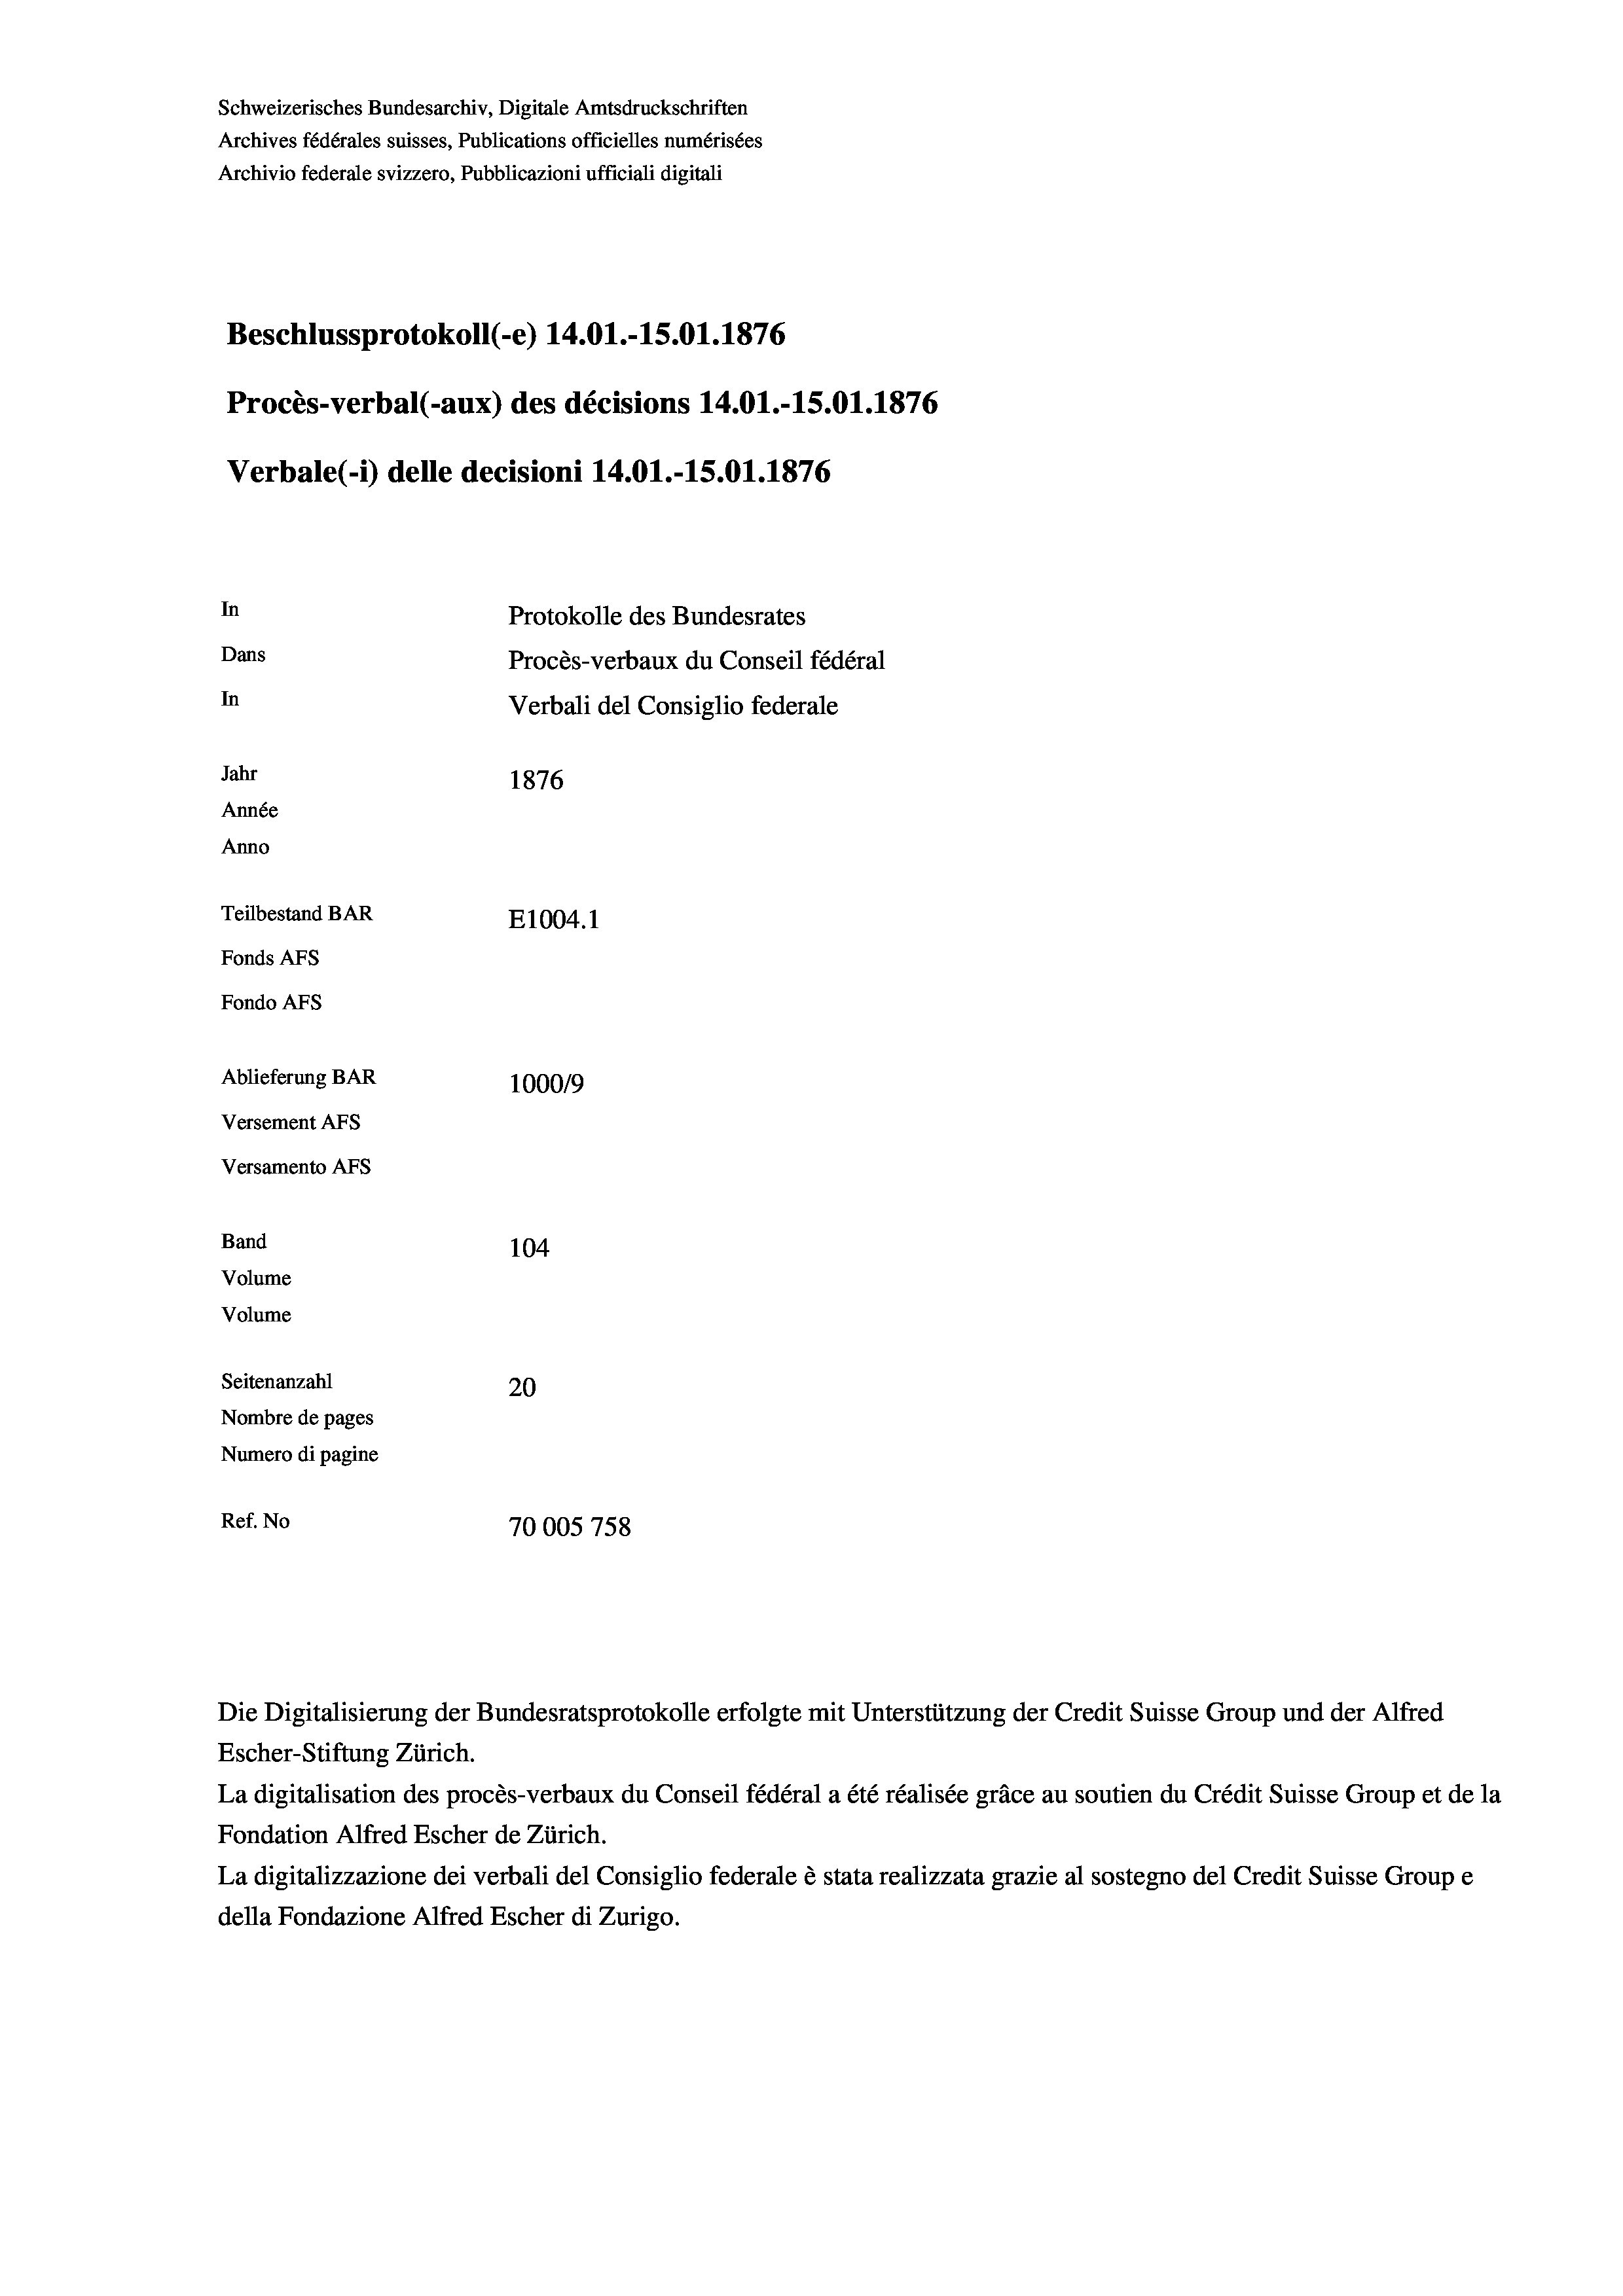
Schweizerisches Bundesarchiv, Digitale Amtsdruckschriften
Archives fédérales suisses, Publications officielles numérisées
Archivio federale svizzero, Pubblicazioni ufficiali digitali
Beschlussprotokoll (-e) 14.01.-15.01. 1876
Procès-verbal (-aux) des décisions 14.01.-15.01. 1876
Verbale(-*) delle decisioni 14.01.-15.01. 1876
In
Protokolle des Bundesrates
Dans
Procès-verbaux du Conseil fédéral
In
Verbali del Consiglio federale
Jahr
1876
Année
Anno
Teilbestand BAR
E1004.1
Fonds Afs
Fondo Afs
Ablieferung BAR
100019
Versement AFs
Versamento Afs
Band
104
Volume
Volume

Seitenanzahl
20
Nombre de pages
Numero di pagine
Ref. No
70005758

Die Digitalisierung der Bundesratsprotokolle erfolgte mit Unterstützung der Credit Suisse Group und der Alfred

Escher-Stiftung Zürich.
La digitalisation des procès-verbaux du Conseil fédéral a été réalisée gräce au soutien du Crédit Suisse Group et de la
Fondation Alfred Escher de Zürich.
La digitalizzazione dei verbali del Consiglio federale è stata realizzata grazie al sostegno del Credit Suisse Groupe
della Fondazione Alfred Escher di Zurigo.